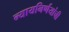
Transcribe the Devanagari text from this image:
न्यायनिर्णयांची